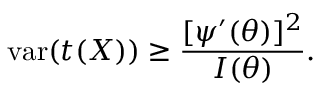
\operatorname { v a r } ( t ( X ) ) \geq { \frac { [ \psi ^ { \prime } ( \theta ) ] ^ { 2 } } { I ( \theta ) } } .